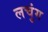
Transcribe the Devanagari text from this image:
लचुंग